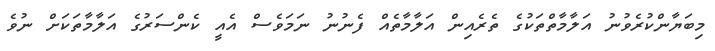
މިބަޔާންކުރެވުނު އަލާމާތްތަކުގެ ތެރެއިން އަލާމާތެއް ފެނުނު ނަމަވެސް އެއީ ކެންސަރުގެ އަލާމާތަކަށް ނުވެ